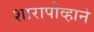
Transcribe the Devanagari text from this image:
शारापोव्हाने